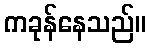
ကခုန်နေသည်။